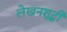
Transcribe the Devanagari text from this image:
लेखनशुद्धी